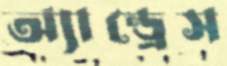
অ্যান্ড্রেস